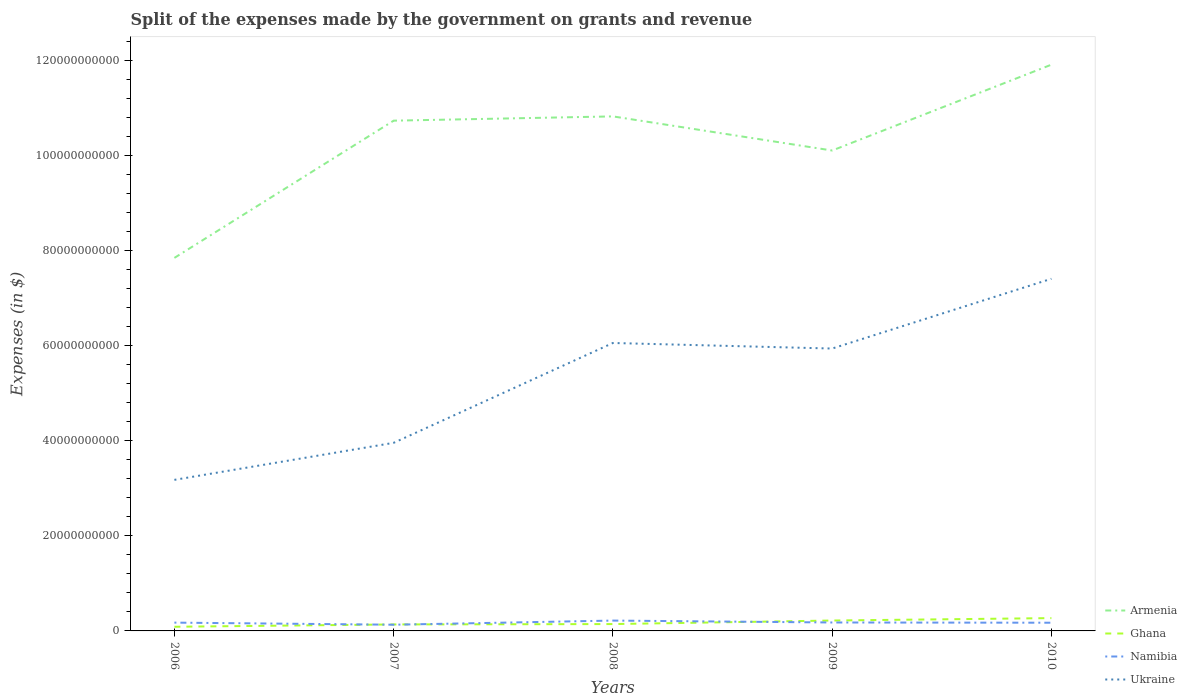
| Years | Armenia | Ghana | Namibia | Ukraine |
 | --- | --- | --- | --- | --- |
 | 2006 | 7.84e+10 | 8.75e+08 | 1.75e+09 | 3.18e+10 |
 | 2007 | 1.07e+11 | 1.36e+09 | 1.3e+09 | 3.95e+10 |
 | 2008 | 1.08e+11 | 1.44e+09 | 2.17e+09 | 6.05e+10 |
 | 2009 | 1.01e+11 | 2.19e+09 | 1.77e+09 | 5.94e+10 |
 | 2010 | 1.19e+11 | 2.69e+09 | 1.72e+09 | 7.4e+10 |